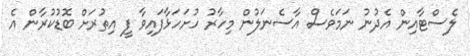
ލެސްޓާއިން އެދުނު ނަމަވެސް އާސެނަލުން މިހާރު ހުށަހަޅާފައިވާ ފީ އިތުރަށް ބޮޑުކުރާން އެ